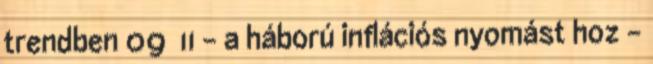
trendben 09 11 - a háború inflációs nyomást hoz -